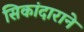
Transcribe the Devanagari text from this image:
सिकांदाराने